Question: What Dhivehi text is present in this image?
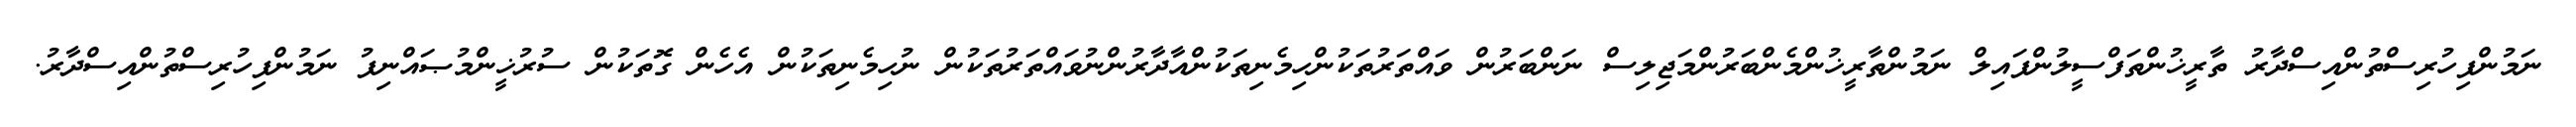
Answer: ނަމުންފިހުރިސްތުންއިސްދާރު ތާރީޚުންތަފްސީލުންފައިލް ނަމުންތާރީޚުންމެންބަރުންމަޖިލިސް ނަންބަރުން ވައްތަރުތަކުންހިމެނިތަކުންއާދާރުންނުވައްތަރުތަކުން ނުހިމެނިތަކުން އެހެން ގޮތަކުން ސުރުޚީންމުޞައްނިފު ނަމުންފިހުރިސްތުންއިސްދާރު.